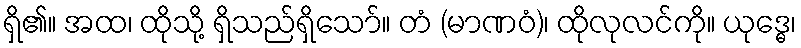
ရှိ၏။ အထ၊ ထိုသို့ ရှိသည်ရှိသော်။ တံ (မာဏဝံ)၊ ထိုလုလင်ကို။ ယုဒ္ဓေ၊